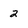
Character: 2